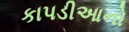
કાપડીઆનો